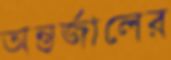
অন্তর্জালের